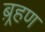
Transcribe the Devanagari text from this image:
ब़्रहण